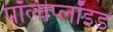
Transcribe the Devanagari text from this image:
पॉलीप्लॉइड